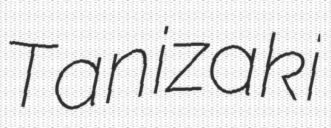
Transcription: Tanizaki